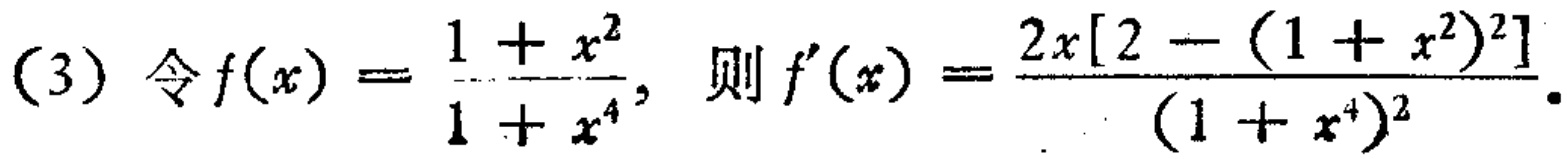
(3) 令$f(x)=\frac{1 + x^{2}}{1 + x^{4}}$，则$f^{\prime}(x)=\frac{2x[2 - (1 + x^{2})^{2}]}{(1 + x^{4})^{2}}$.